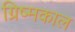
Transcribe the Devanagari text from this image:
ग्रिष्मकाल